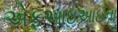
એફઆઇઆઇના